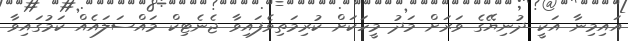
އައިމިނާ އަކީ ދުނިޔޭގެ ވަރަށް މަދު މީހަކަށް ކުރިމަތިވެފައިވާ ޖެނެޓިކް މައްސަލައެއް ކަމުގައިވާ